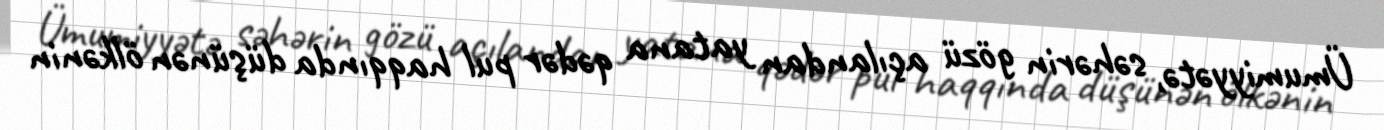
Ümumiyyətə, səhərin gözü açılandan yatana qədər pul haqqında düşünən ölkənin